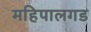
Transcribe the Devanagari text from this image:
महिपालगड